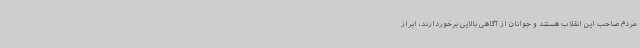
مردم صاحب این انقلاب هستند و جوانان از آگاهی بالایی برخوردارند، ابراز